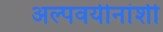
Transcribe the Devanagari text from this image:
अल्पवयीनांशी